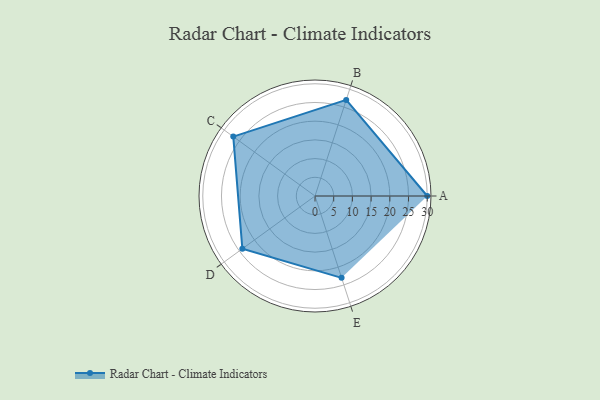
{"axis": {"x": "Skill", "y": "Score"}, "legend": ["Profile"], "data": [{"x": "A", "y": 30.0, "type": "Profile"}, {"x": "B", "y": 27.0, "type": "Profile"}, {"x": "C", "y": 27.0, "type": "Profile"}, {"x": "D", "y": 24.0, "type": "Profile"}, {"x": "E", "y": 23.0, "type": "Profile"}]}